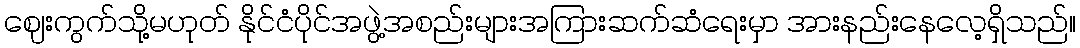
ဈေးကွက်သို့မဟုတ် နိုင်ငံပိုင်အဖွဲ့အစည်းများအကြားဆက်ဆံရေးမှာ အားနည်းနေလေ့ရှိသည်။